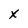
Character: X